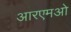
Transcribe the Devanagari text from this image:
आरएमओ